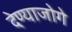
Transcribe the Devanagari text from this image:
देण्याजोगे